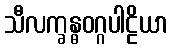
သီလက္ခန္ဓဝဂ္ဂပါဠိယာ